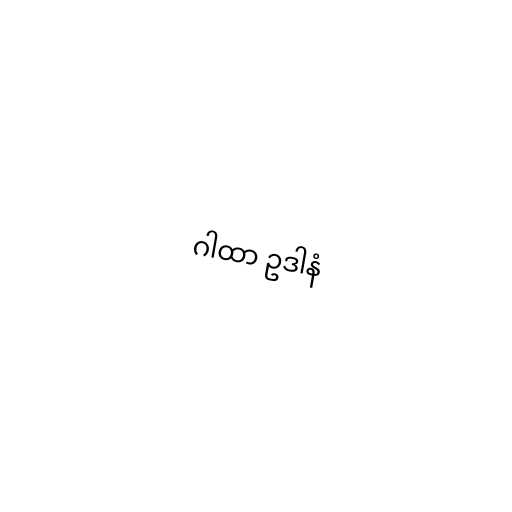
ဂါထာ ဥဒါနံ